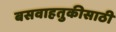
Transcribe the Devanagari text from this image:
बसवाहतुकीसाठी